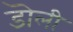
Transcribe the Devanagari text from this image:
डॊली